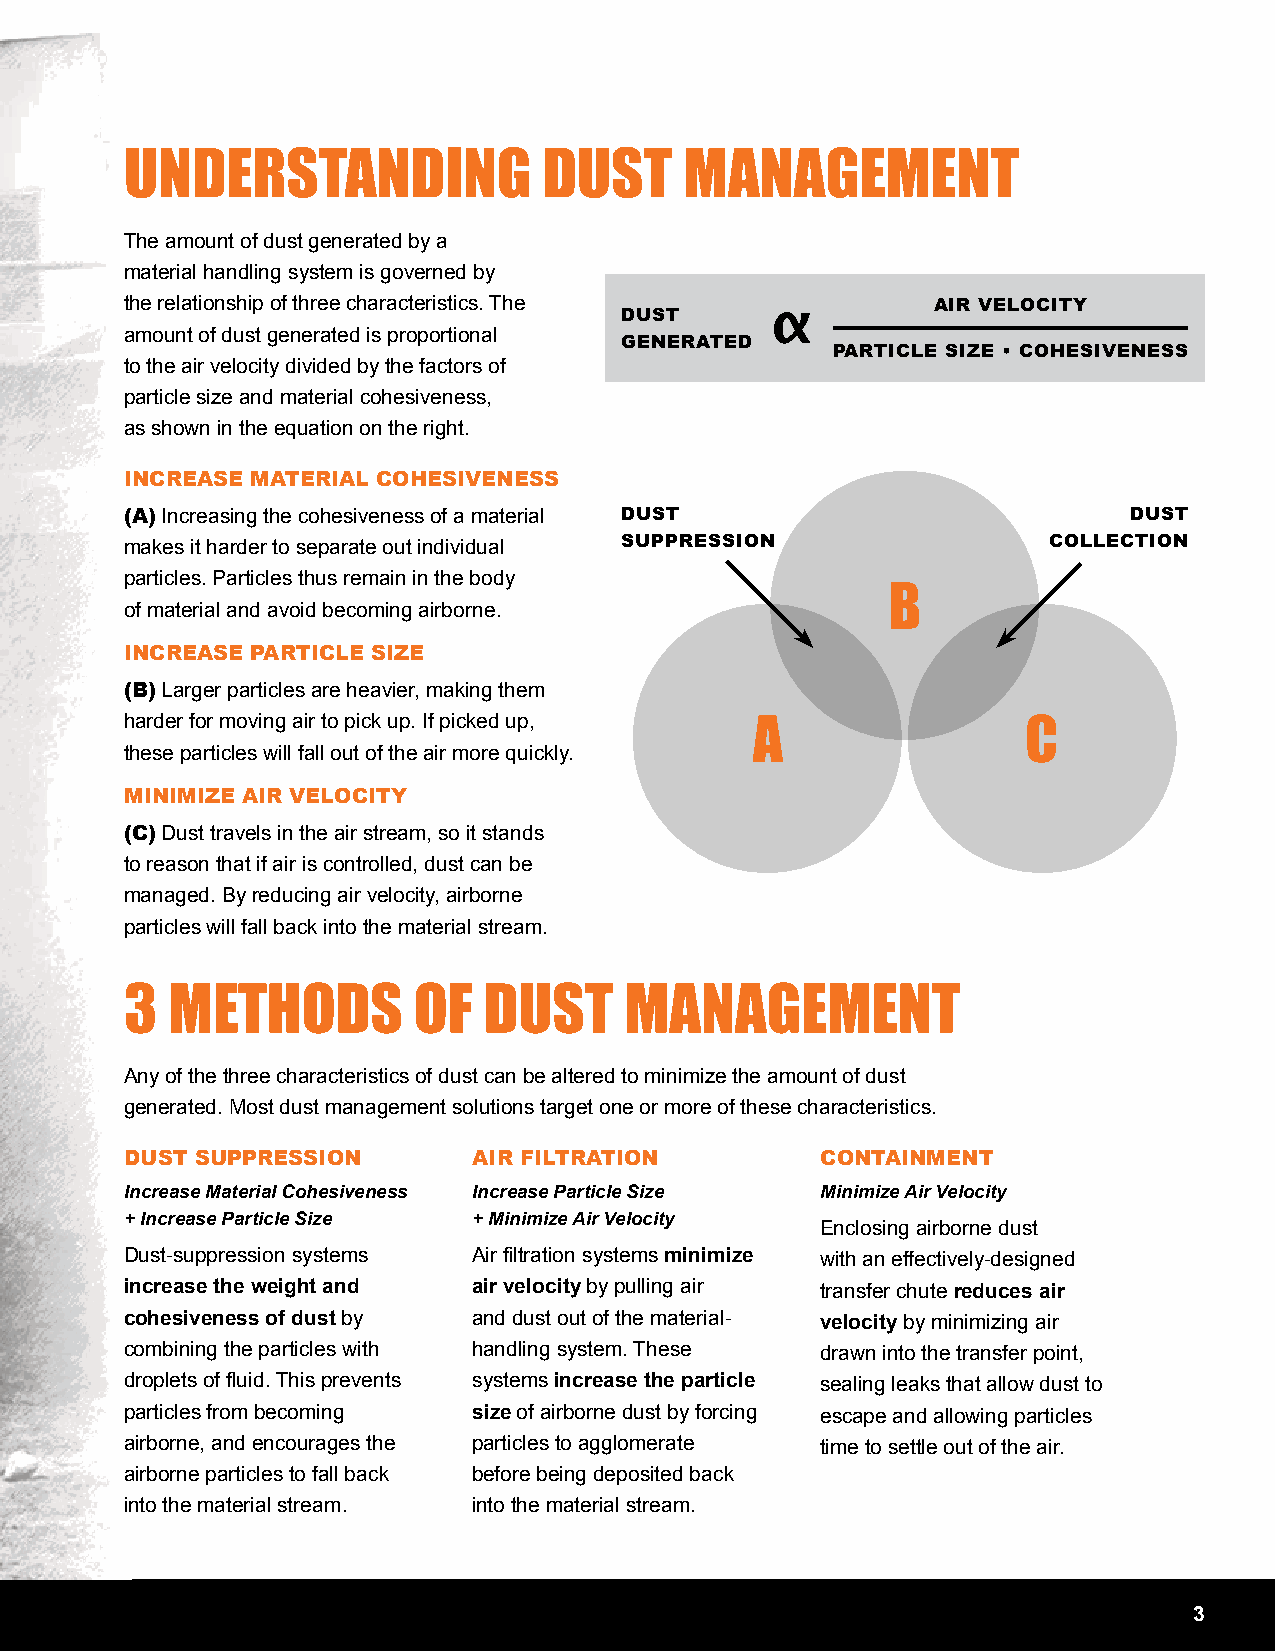
UNDERSTANDING               DUST     MANAGEMENT
 The amount of dust generated by a
 material handling system is governed by
 the relationship of three characteristics. The        AIR VELOCITY
 DUST
 amount of dust generated is proportional
 GENERATED
 PARTICLE SIZE • COHESIVENESS
 to the air velocity divided by the factors of
 particle size and material cohesiveness,
 as shown in the equation on the right.
 INCREASE MATERIAL COHESIVENESS
 (A) Increasing the cohesiveness of a material DUST                 DUST
 makes it harder to separate out individual SUPPRESSION       COLLECTION
 particles. Particles thus remain in the body
 B
 of material and avoid becoming airborne.
 INCREASE PARTICLE SIZE
 (B) Larger particles are heavier, making them
 harder for moving air to pick up. If picked up,
 A                 C
 these particles will fall out of the air more quickly.
 MINIMIZE AIR VELOCITY
 (C) Dust travels in the air stream, so it stands
 to reason that if air is controlled, dust can be
 managed. By reducing air velocity, airborne
 particles will fall back into the material stream.
 3  METHODS         OF   DUST     MANAGEMENT
 Any of the three characteristics of dust can be altered to minimize the amount of dust
 generated. Most dust management solutions target one or more of these characteristics.
 DUST SUPPRESSION       AIR FILTRATION         CONTAINMENT
 Increase Material Cohesiveness Increase Particle Size Minimize Air Velocity
 + Increase Particle Size + Minimize Air Velocity
 Enclosing airborne dust
 Dust-suppression systems Air filtration systems minimize with an effectively-designed
 increase the weight and air velocity by pulling air transfer chute reduces air
 cohesiveness of dust by and dust out of the material- velocity by minimizing air
 combining the particles with handling system. These drawn into the transfer point,
 droplets of fluid. This prevents systems increase the particle sealing leaks that allow dust to
 particles from becoming size of airborne dust by forcing escape and allowing particles
 airborne, and encourages the particles to agglomerate time to settle out of the air.
 airborne particles to fall back before being deposited back
 into the material stream. into the material stream.
 33